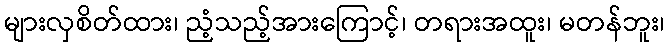
များလှစိတ်ထား၊ ညံ့သည့်အားကြောင့်၊ တရားအထူး၊ မတန်ဘူး၊